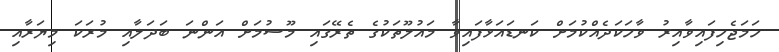
ހަމަޖެހިފައިވާއިރު ވާހަކަދެއްކުމަށް ކަނޑައަޅާފައިވާ މައުލޫތަކުގެ ތެރޭގައި މޫސުމަށް އަންނަ ބަދަލާއި މުރަކަ މިޔަރާއި